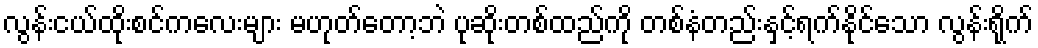
လွန်းငယ်ထိုးစင်ကလေးများ မဟုတ်တော့ဘဲ ပုဆိုးတစ်ထည်ကို တစ်နံတည်းနှင့်ရက်နိုင်သော လွန်းရိုက်